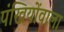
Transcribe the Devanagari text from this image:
पंखियोंवाला